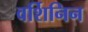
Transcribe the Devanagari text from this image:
वर्शिनिन